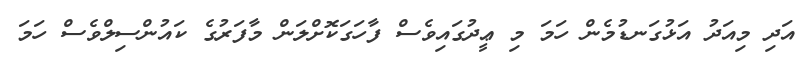
އަދި މިއަދު އަޅުގަނޑުމެން ހަމަ މި ޢީދުގައިވެސް ފާހަގަކޮށްލަން މާފަރުގެ ކައުންސިލްވެސް ހަމަ